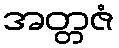
အတ္တဇံ